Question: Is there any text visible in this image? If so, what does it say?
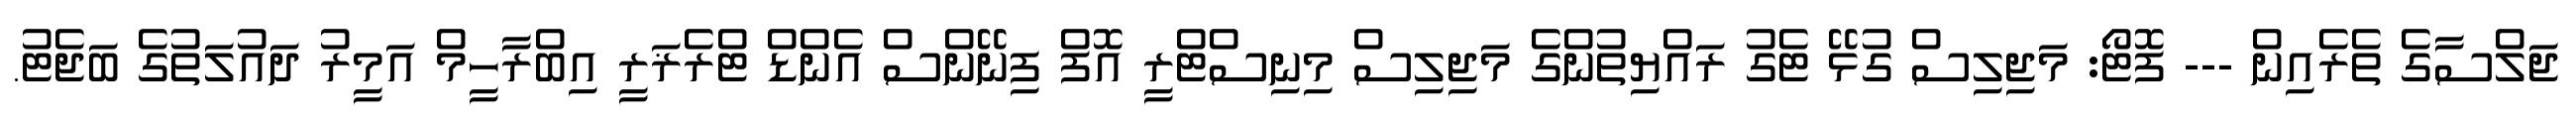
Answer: ޖަލްސާގެ ތެރެއިން --- ފޮޓޯ: މަޖިލިސް ގުޅޭ ޓެގު ރައްޔިތުންގެ މަޖިލިސް މިނިސްޓްރީ އޮފް ފިނޭންސް އެންޑް ޓްރެޜަރީ އިބްރާހީމް އަމީރު ދައުލަތުގެ ބަޖެޓު.